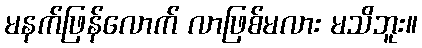
မနက်ဖြန်လောက် လာဖြစ်မလား မသိဘူး။